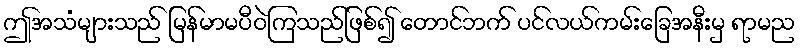
ဤအသံများသည် မြန်မာမပီဝဲကြသည်ဖြစ်၍ တောင်ဘက် ပင်လယ်ကမ်းခြေအနီးမှ ရာမည